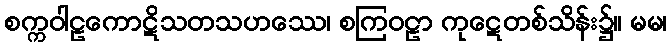
စက္ကဝါဠကောဋိသတသဟဿေ၊ စကြဝဠာ ကုဋေတစ်သိန်း၌။ မမ၊